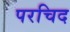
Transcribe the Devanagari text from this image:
परचिद